Report on vaccination in the Province of Bengal - 1874-1889
Year: 1874
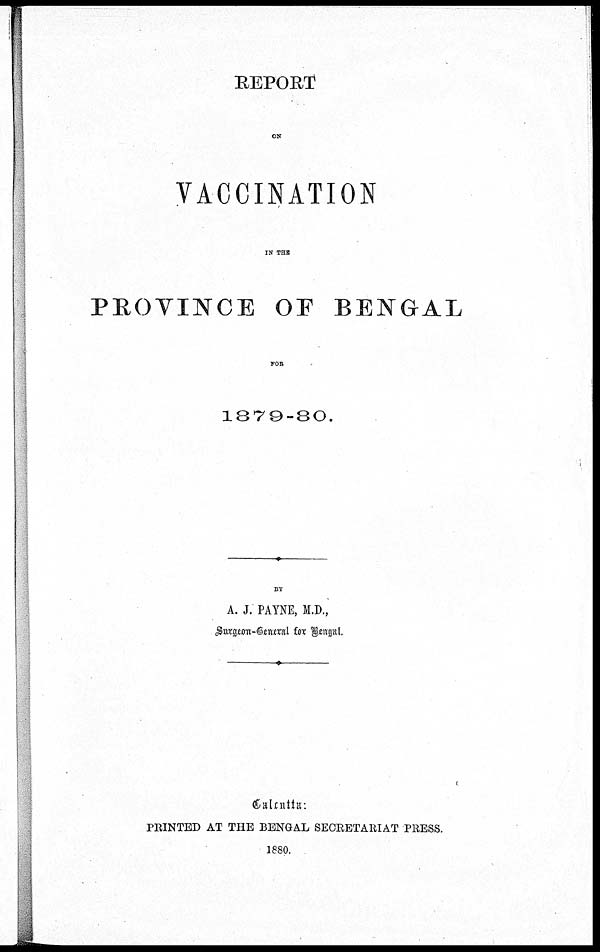
REPORT
ON
VACCINATION
IN THE
PROVINCE OF BENGAL
FOR
1879-80.
BY
A. J. PAYNE, M.D.,
Surgeon-General for Bengal.
Calcutta:
PRINTED AT THE BENGAL SECRETARIAT PRESS.
1880.